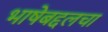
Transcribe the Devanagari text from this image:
भाषेबद्दलचा